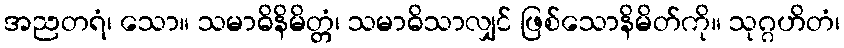
အညတရံ၊ သော။ သမာဓိနိမိတ္တံ၊ သမာဓိသာလျှင် ဖြစ်သောနိမိတ်ကို။ သုဂ္ဂဟိတံ၊